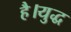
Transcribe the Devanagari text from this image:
है।युद्ध